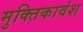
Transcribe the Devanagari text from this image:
मुक्तिकावंश